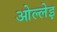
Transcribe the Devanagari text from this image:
ओल्लेइ